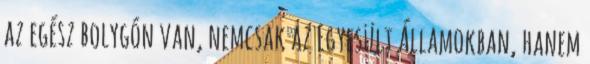
az egész bolygón van, nemcsak az Egyesült Államokban, hanem